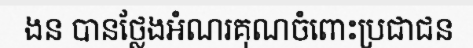
ងន បានថ្លែងអំណរគុណចំពោះប្រជាជន